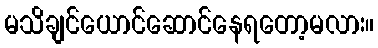
မသိချင်ယောင်ဆောင်နေရတော့မလား။